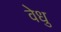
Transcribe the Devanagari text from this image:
वेधु